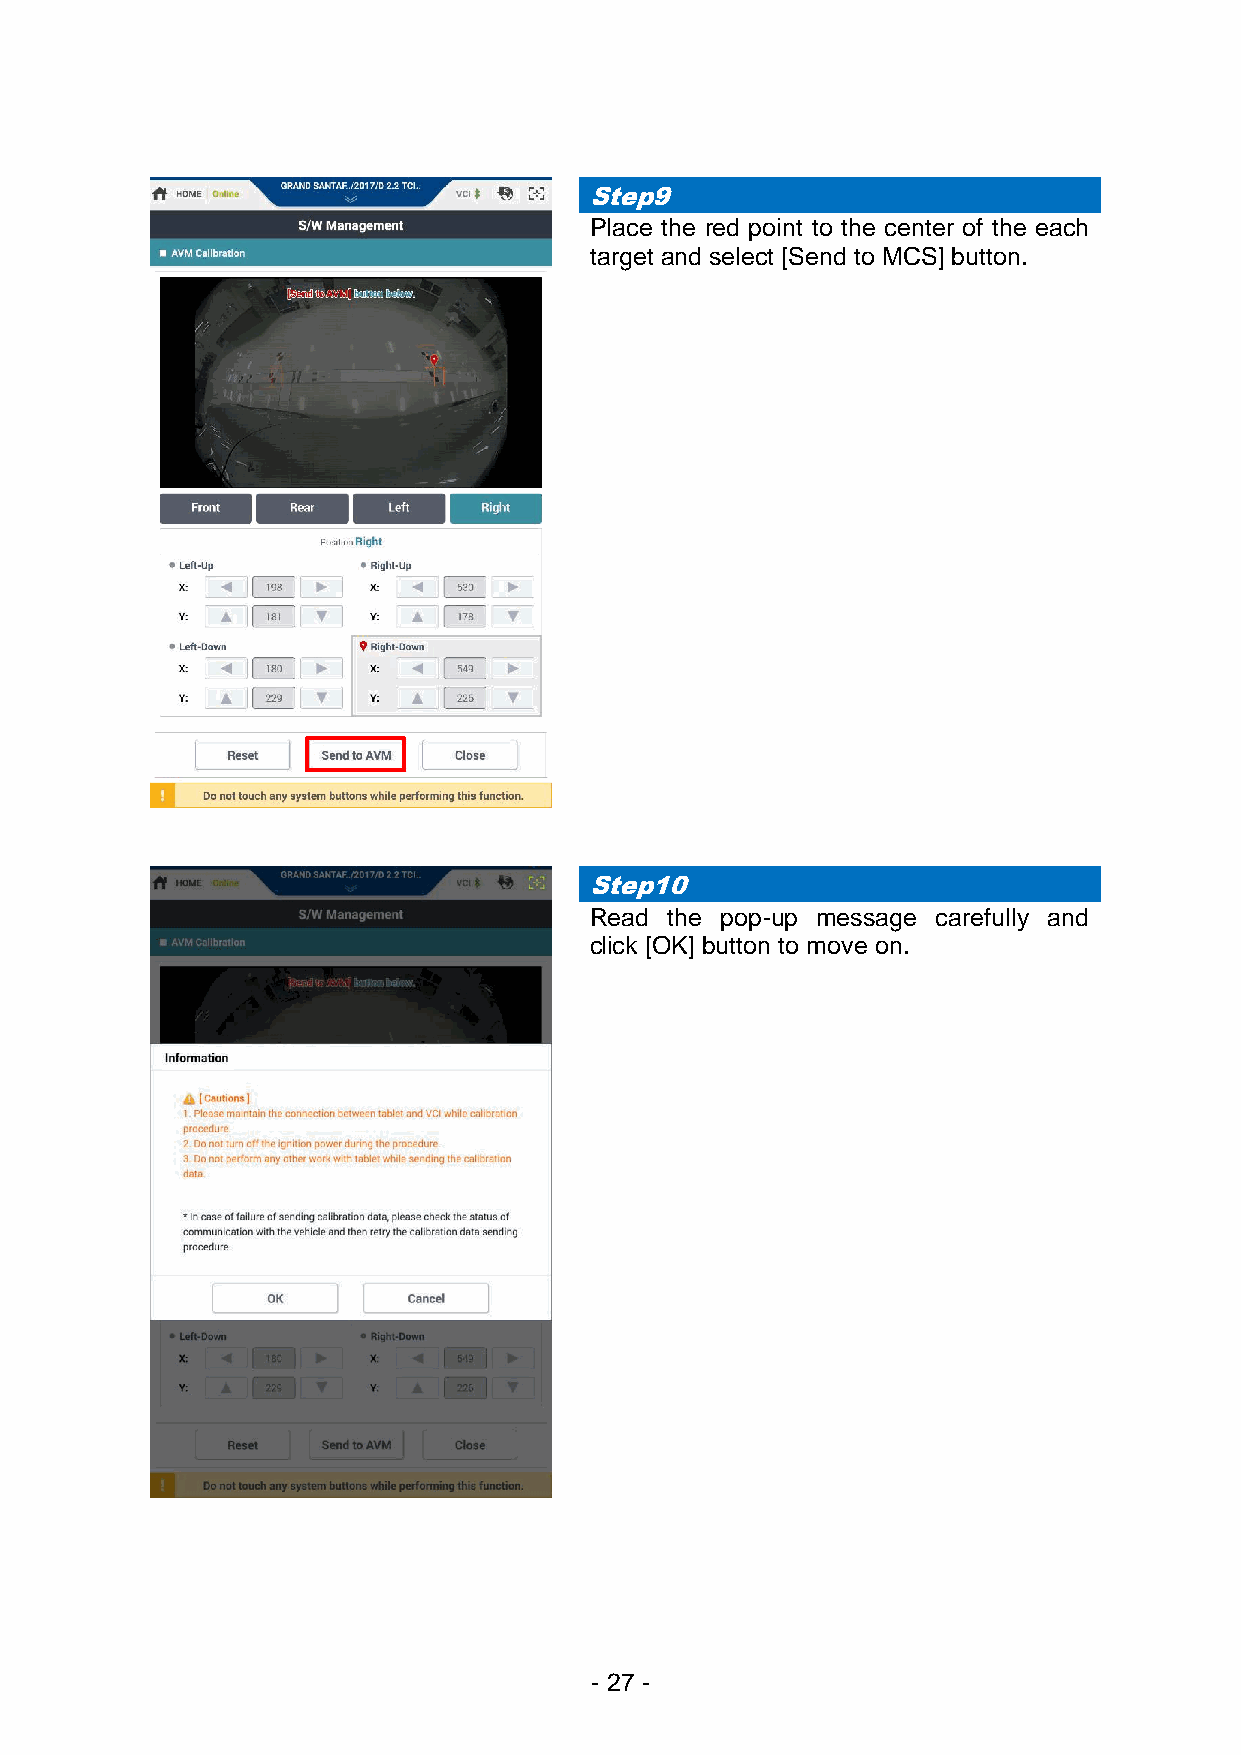
Step9
 Place the red point to the center of the each
 target and select [Send to MCS] button.
 Step10
 Read the pop-up message carefully and
 click [OK] button to move on.
 - 27 -